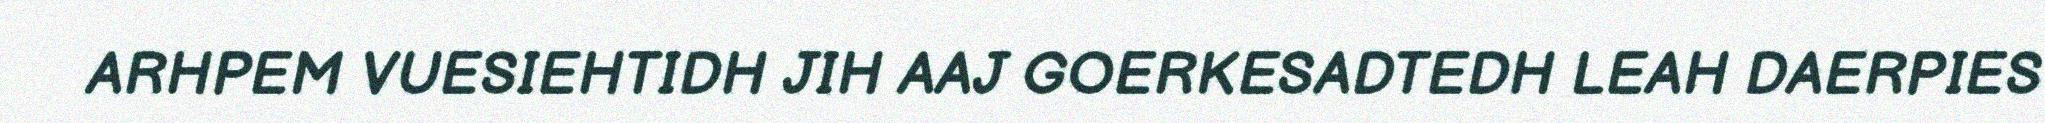
ARHPEM VUESIEHTIDH JIH AAJ GOERKESADTEDH LEAH DAERPIES